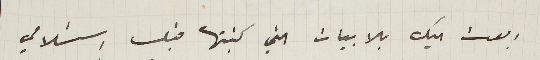
ابعت اليك بالابيات التي كتبتها قبل استسلامي